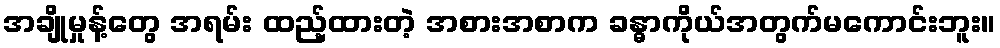
အချိုမှုန့်တွေ အရမ်း ထည့်ထားတဲ့ အစားအစာက ခန္ဓာကိုယ်အတွက်မကောင်းဘူး။